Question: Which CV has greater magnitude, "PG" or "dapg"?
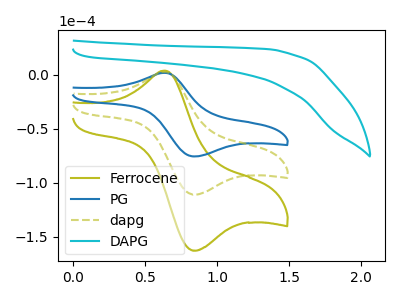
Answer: <think>The olive curve "Ferrocene" has an anodic peak at (0.65V, 5.25uA) and a cathodic peak at (0.85V, -221.70uA). The blue curve "PG" has an anodic peak at (0.65V, 1.80uA) and a cathodic peak at (0.85V, -75.55uA). The olive dashed curve "dapg" has an anodic peak at (0.65V, 2.60uA) and a cathodic peak at (0.85V, -110.85uA). The cyan curve "DAPG" has no peaks.
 All the peaks in "PG" have a peak in "dapg" at the same potential. Every peak in "PG" is lower than every peak in "dapg".</think>
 <answer>"PG" has less signal than "dapg".</answer>
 <eval>less_signal</eval>